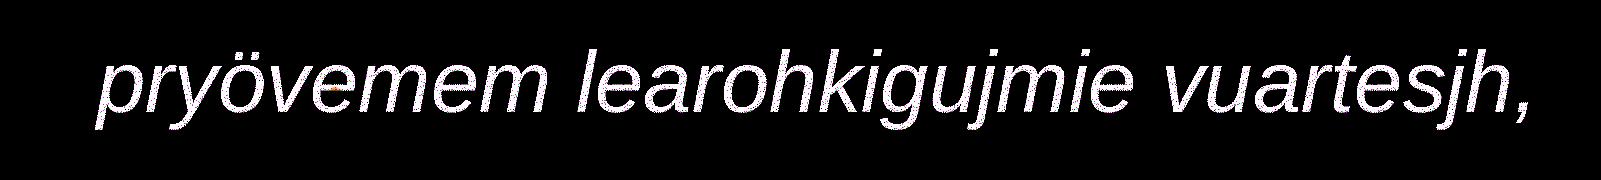
pryövemem learohkigujmie vuartesjh,